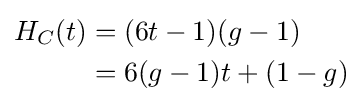
{\begin{aligned}H_{C}(t)&=(6t-1)(g-1)\\&=6(g-1)t+(1-g)\end{aligned}}